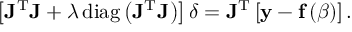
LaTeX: \left[ \mathbf { J } ^ { \mathrm { T } } \mathbf { J } + \lambda \operatorname { d i a g } \left( \mathbf { J } ^ { \mathrm { T } } \mathbf { J } \right) \right] { \boldsymbol { \delta } } = \mathbf { J } ^ { \mathrm { T } } \left[ \mathbf { y } - \mathbf { f } \left( { \boldsymbol { \beta } } \right) \right] .